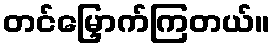
တင်မြှောက်ကြတယ်။